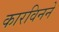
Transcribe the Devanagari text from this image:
कारविनने